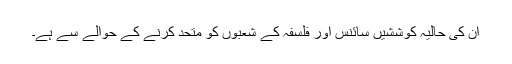
ان کی حالیہ کوششیں سائنس اور فلسفہ کے شعبوں کو متحد کرنے کے حوالے سے ہے۔